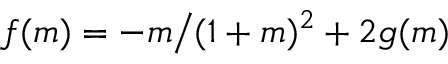
f ( m ) = - m \big / ( 1 + m ) ^ { 2 } + 2 g ( m )